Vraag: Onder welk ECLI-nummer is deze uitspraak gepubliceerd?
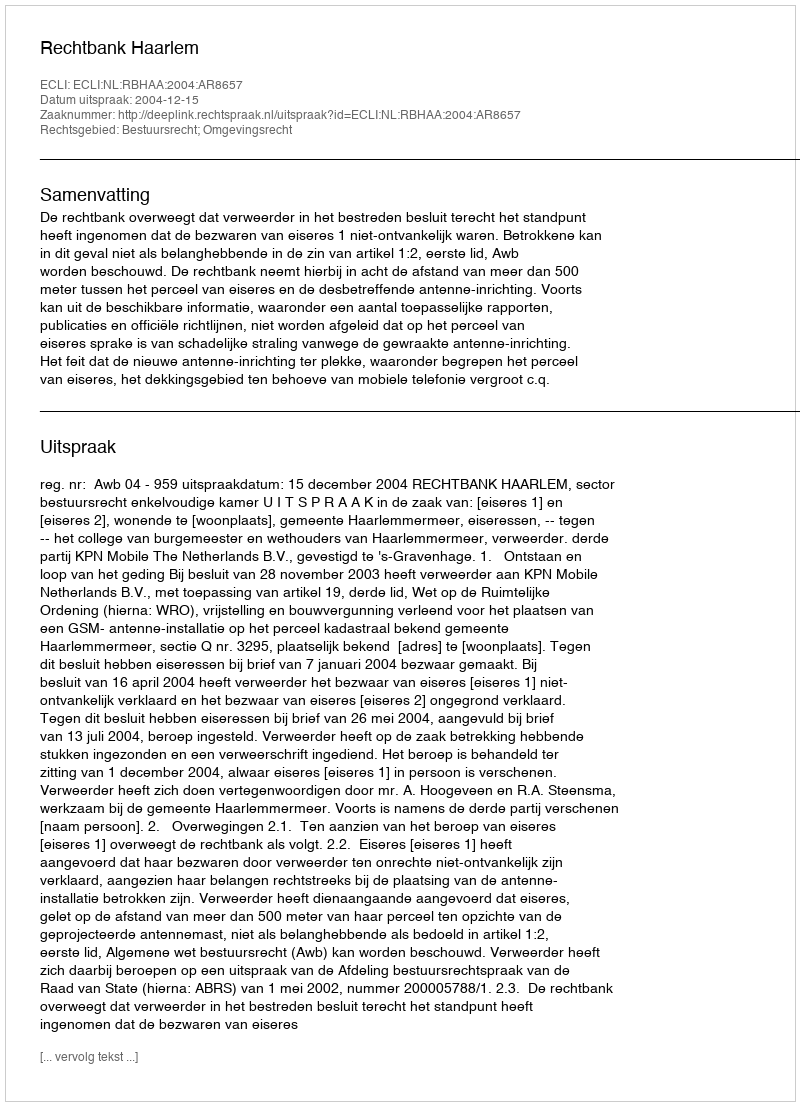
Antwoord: ECLI:NL:RBHAA:2004:AR8657